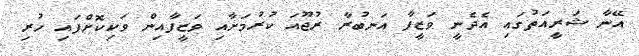
އޭނާ ޝަރީއަތުގައި އެދެނީ ވަޒީފާ އަނބުރާ ރުޖޫއަ ކުރުމަށާއި ވަޒީފާއިން ވަކިކޮށްފައި ހުރި